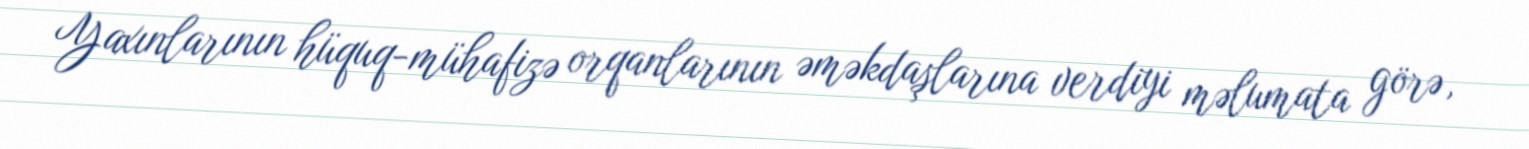
Yaxınlarının hüquq-mühafizə orqanlarının əməkdaşlarına verdiyi məlumata görə,